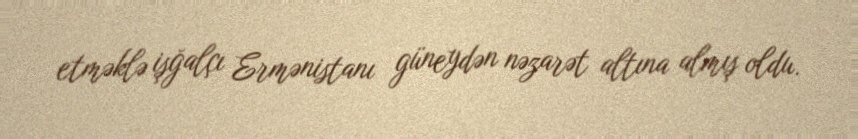
etməklə işğalçı Ermənistanı güneydən nəzarət altına almış oldu.